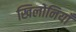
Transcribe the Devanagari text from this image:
खिलोनियाँ